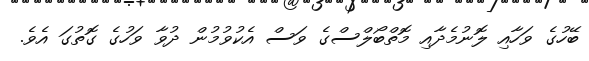
ބޭހުގެ ވަހާއި ލޮނުމެދާއި މޮތްބޯލްސްގެ ވަސް އެކުވުމުން ދުވާ ވަހުގެ ގޮތުގަ އެވެ.